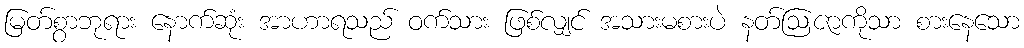
မြတ်စွာဘုရား နောက်ဆုံး အာဟာရသည် ဝက်သား ဖြစ်လျှင် အသားမစားပဲ နတ်ဩဇာကိုသာ စားနေသော